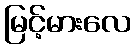
မြင့်မားလေ